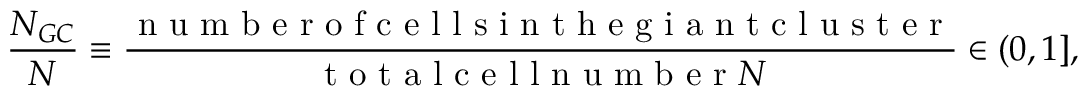
\frac { N _ { G C } } { N } \equiv \frac { \mathrm { ~ n ~ u ~ m ~ b ~ e ~ r ~ o ~ f ~ c ~ e ~ l ~ l ~ s ~ i ~ n ~ t ~ h ~ e ~ g ~ i ~ a ~ n ~ t ~ c ~ l ~ u ~ s ~ t ~ e ~ r ~ } } { \mathrm { ~ t ~ o ~ t ~ a ~ l ~ c ~ e ~ l ~ l ~ n ~ u ~ m ~ b ~ e ~ r ~ } N } \in ( 0 , 1 ] ,